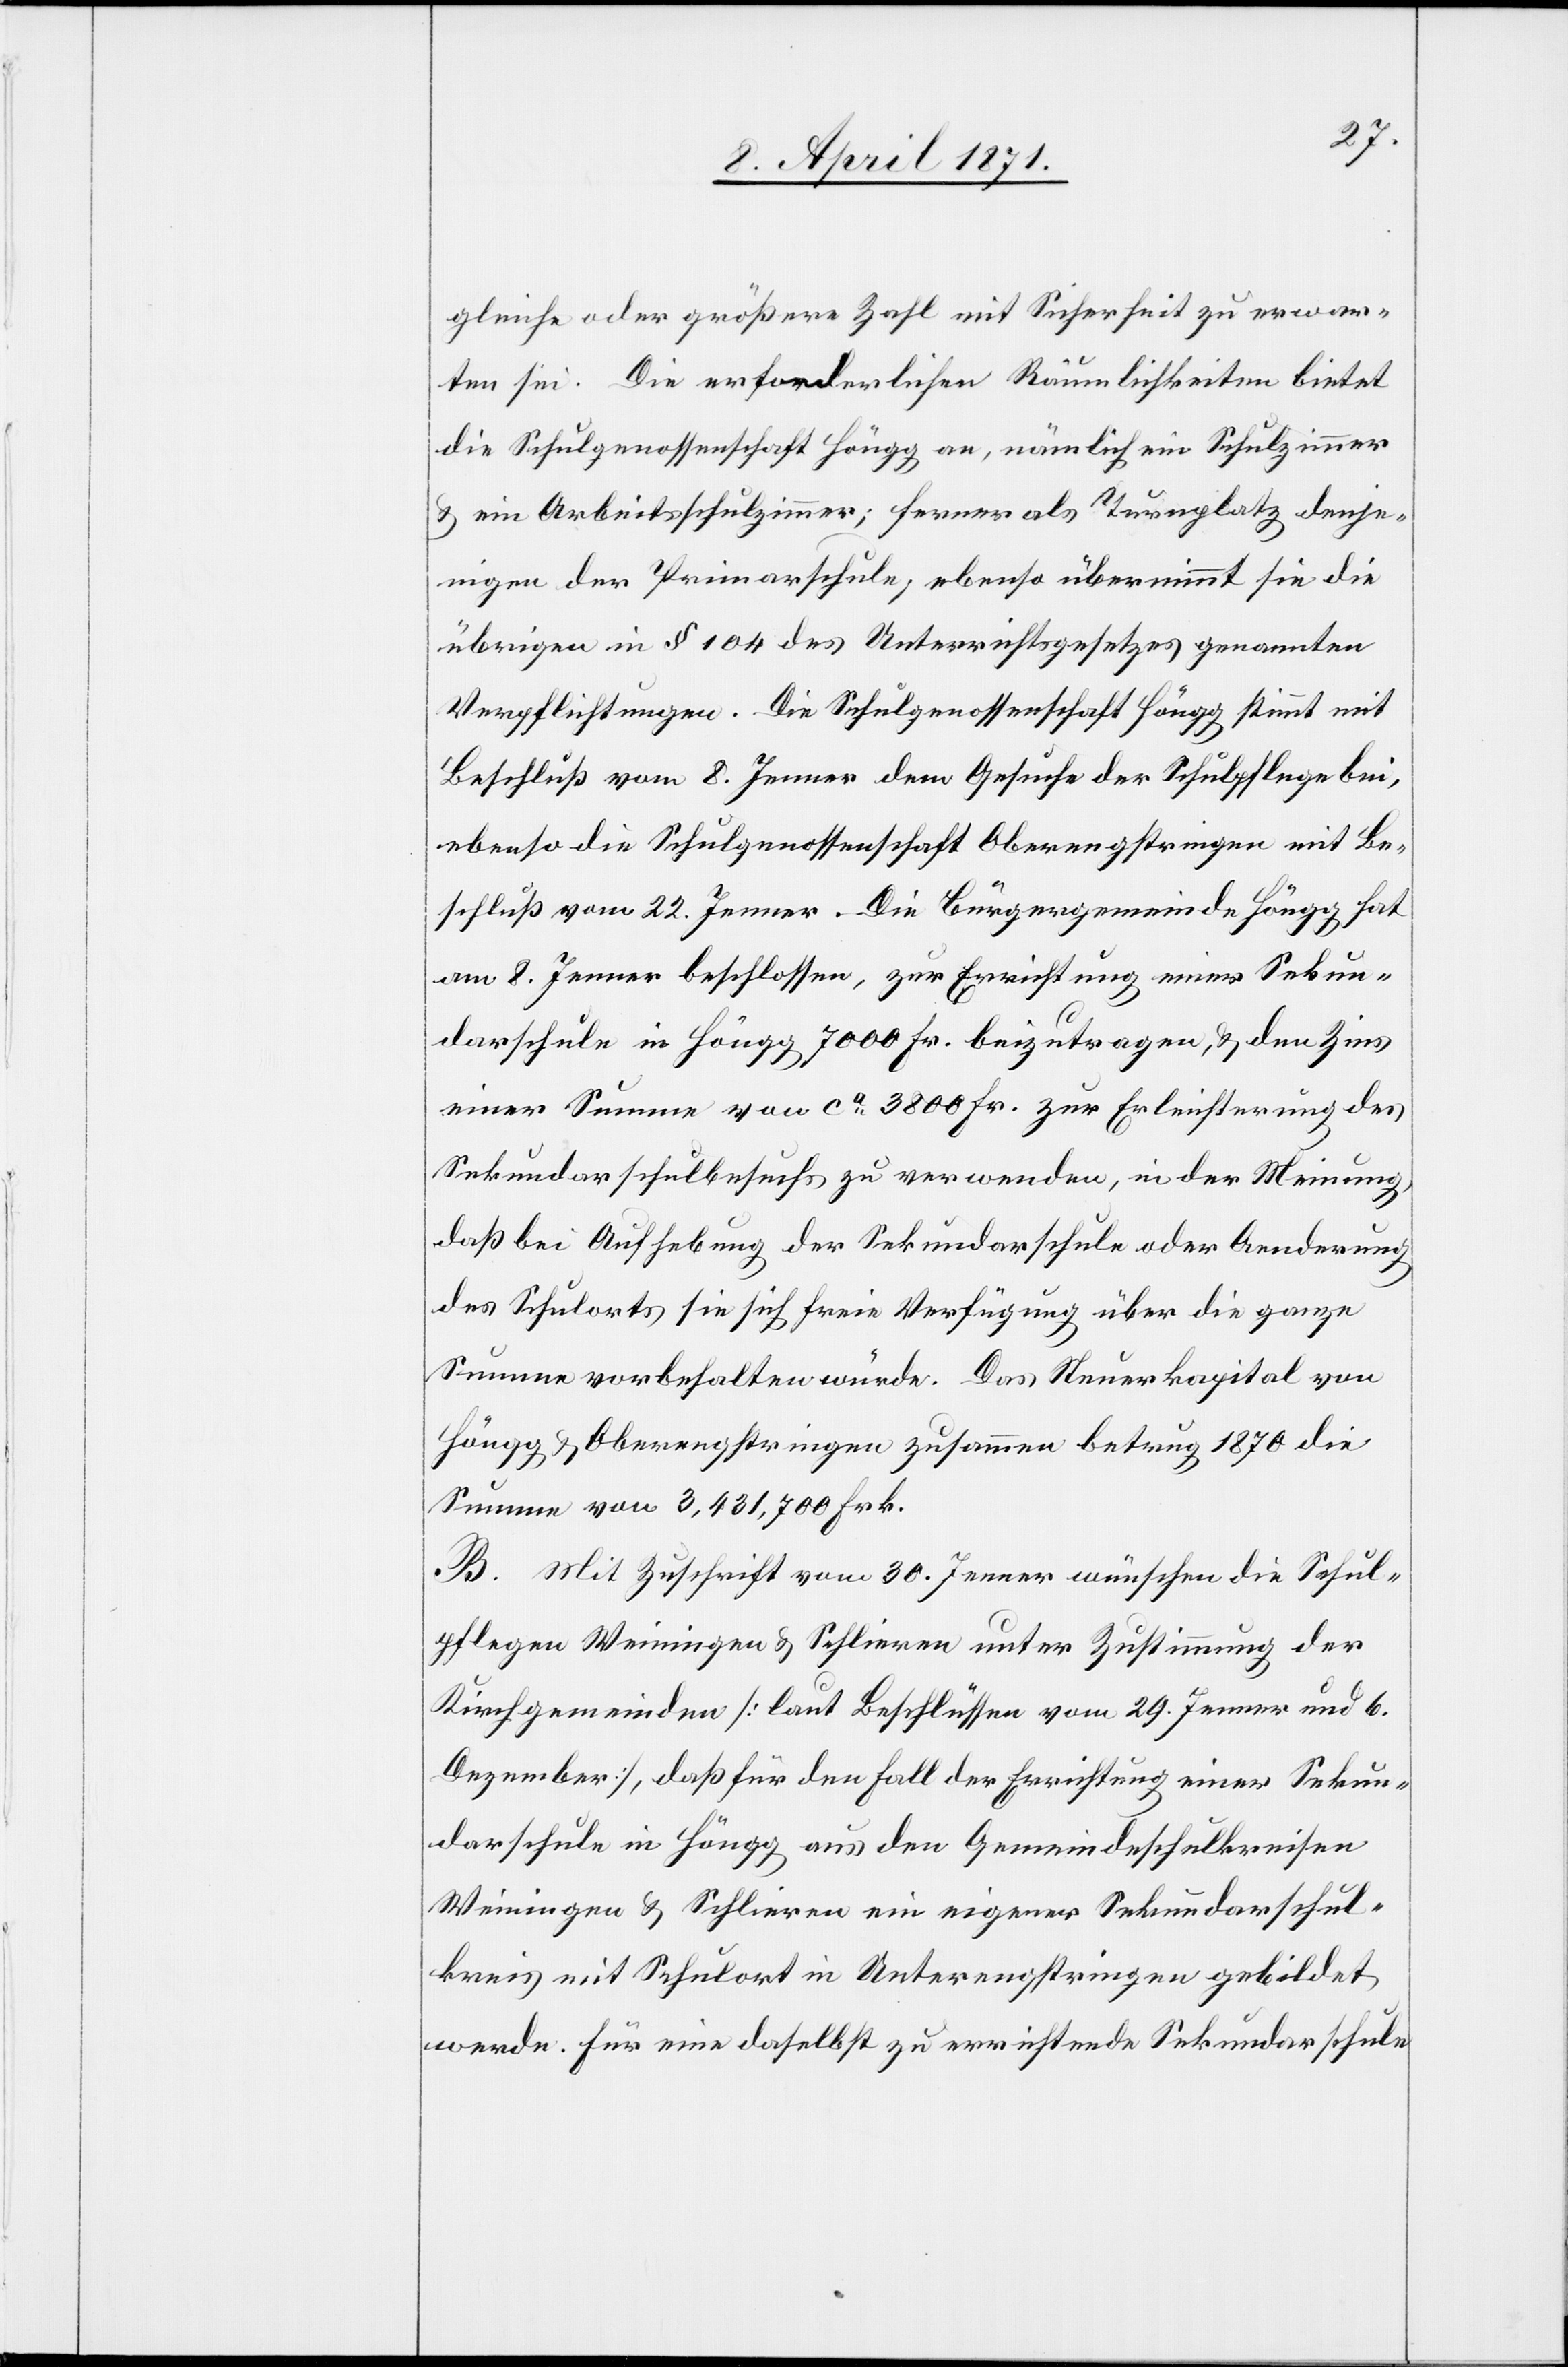
gleiche oder größere Zahl mit Sicherheit zu erwar¬
ten sei. Die erforderlichen Räumlichkeiten bietet
die Schulgenossenschaft Höngg an, nämlich ein Schulzimmer
u. ein Arbeitsschulzimmer; ferner als Turnplatz denje¬
nigen der Primarschule, ebenso übernimmt sie die
übrigen in § 104 des Unterrichtsgesetzes genannten
Verpflichtungen. Die Schulgenossenschaft Höngg stimmt mit
Beschluß vom 8. Jenner dem Gesuche der Schulpflege bei,
ebenso die Schulgenossenschaft Oberengstringen mit Be¬
schluß vom 22. Jenner. Die Bürgergemeinde Höngg hat
am 8. Jenner beschlossen, zur Errichtung einer Sekun¬
darschule in Höngg 7000 Fr. beizutragen, u. den Zins
einer Summe von ca. 3800 Fr. zur Erleichterung des
Sekundarschulbesuchs zu verwenden, in der Meinung,
daß bei Aufhebung der Sekundarschule oder Aenderung
des Schulorts sie sich freie Verfügung über die ganze
Summe vorbehalten würde. Das Steuerkapital von
Höngg u. Oberengstringen zusammen betrug 1870 die
Summe von 3,431,700 Frk.
B. Mit Zuschrift vom 30. Jenner wünschen die Schul¬
pflegen Weiningen u. Schlieren unter Zustimmung der
Kirchgemeinden [laut Beschlüssen vom 29. Jenner und 6.
Dezember], daß für den Fall der Errichtung einer Sekun¬
darschule in Höngg aus den Gemeindeschulkreisen
Weiningen u. Schlieren ein eigener Sekundarschul¬
kreis mit Schulort in Unterengstringen gebildet
werde. Für eine daselbst zu errichtende Sekundarschule